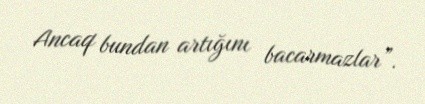
Ancaq bundan artığını bacarmazlar”.